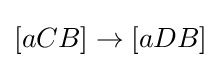
[aCB]\rightarrow [aDB]